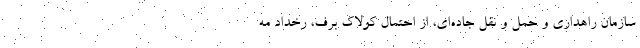
سازمان راهداری و حمل و نقل جاده‌ای، از احتمال کولاک برف، رخداد مه